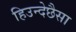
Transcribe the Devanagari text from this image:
हिउन्देछैसा